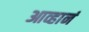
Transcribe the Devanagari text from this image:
आव्हानं